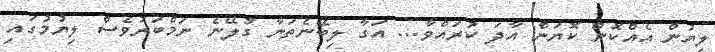
ލިޔުން އެއްކޮން ކޮޔަން އާދަ ކުރައްވާ... އަގާ ލިބޭނެތަނާ ގުލޭނެ ނަމްބަރުވެސް ލިޔުމުގައި